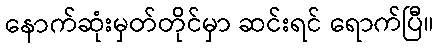
နောက်ဆုံးမှတ်တိုင်မှာ ဆင်းရင် ရောက်ပြီ။